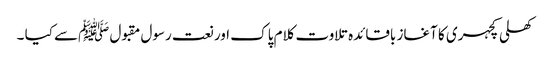
کھلی کچہری کا آغاز باقائدہ تلاوت کلام پاک اور نعت رسول مقبول ﷺسے کیا ۔